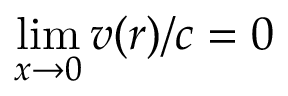
\operatorname* { l i m } _ { x \rightarrow 0 } v ( r ) / c = 0